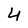
Character: 4